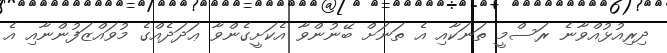
ދިރިއުޅުއްވާނެ ރަސްމީ ތަނަކާއި އެ ތަނަށް ބޭނުންވާ އެކަށީގެންވާ ޢަދަދެއްގެ މުވައްޒަފުންނާއި އެ